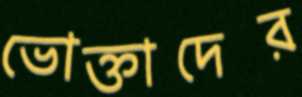
ভোক্তাদের